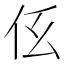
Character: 𠇓